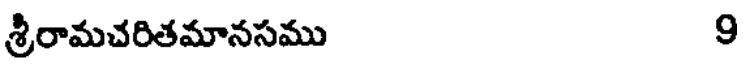
శ్రీరామచరితమానసము 9